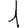
Digit: 1